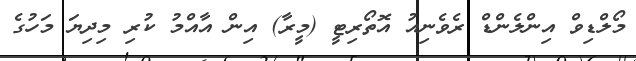
މޯލްޑިވް އިންލެންޑް ރެވެނިއު އޮތޯރިޓީ (މީރާ) އިން އާއްމު ކުރި މިދިޔަ މަހުގެ